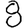
Digit: 8